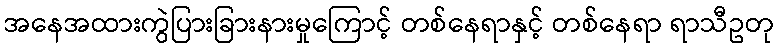
အနေအထားကွဲပြားခြားနားမှုကြောင့် တစ်နေရာနှင့် တစ်နေရာ ရာသီဥတု